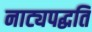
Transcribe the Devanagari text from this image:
नाट्यपद्धति